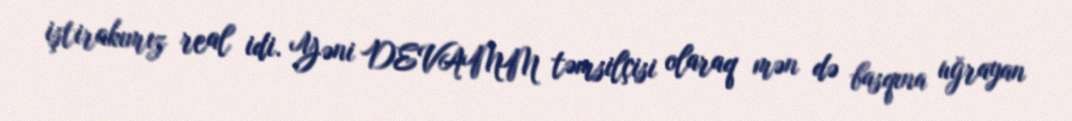
iştirakımız real idi. Yəni DEVAMM təmsilçisi olaraq mən də basqına uğrayan